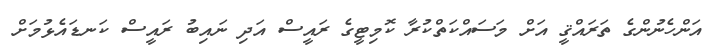
އަންހެނުންގެ ތަރައްޤީ އަށް މަސައްކަތްކުރާ ކޮމިޓީގެ ރައީސް އަދި ނައިބު ރައީސް ކަނޑައެޅުމަށް